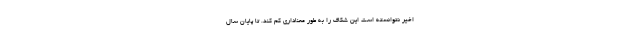
اخیر نتوانسته است این شکاف را به طور معناداری کم کند. تا پایان سال